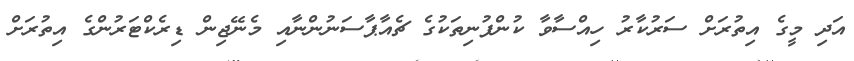
އަދި މީގެ އިތުރަށް ސަރުކާރު ހިއްސާވާ ކުންފުނިތަކުގެ ޗެއާޕާސަނުންނާއި މެނޭޖިން ޑިރެކްޓަރުންގެ އިތުރަށް